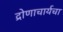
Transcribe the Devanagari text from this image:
द्रोणाचार्यचा